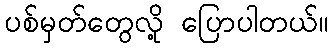
ပစ်မှတ်တွေလို့ ပြောပါတယ်။